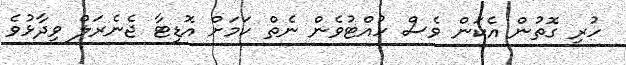
ހުރި ގޮތުން އެކަން ވެސް ހުއްޓުވެން ނެތް ކަމަށް އޮޑިޓާ ޖެނެރަލް ވިދާޅުވެ